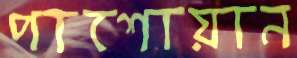
পাশোয়ান